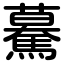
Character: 驀